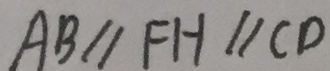
A B / / F H / / C D